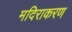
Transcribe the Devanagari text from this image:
मदिराकरण